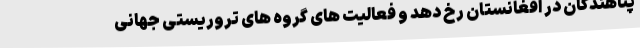
پناهندگان در افغانستان رخ دهد و فعالیت های گروه های تروریستی جهانی